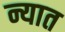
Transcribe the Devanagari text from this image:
न्यात